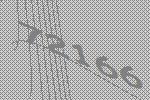
72166